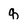
Character: q